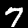
Digit: 7